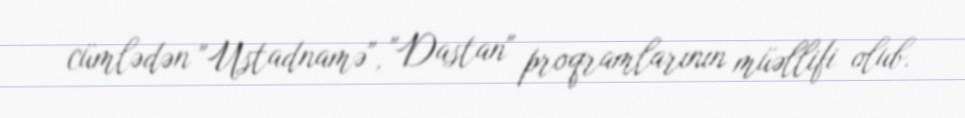
cümlədən "Ustadnamə", "Dastan" proqramlarının müəllifi olub.